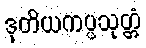
ဒုတိယကပ္ပသုတ္တံ